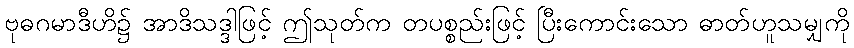
ဗုဓဂမာဒီဟိ၌ အာဒိသဒ္ဒါဖြင့် ဤသုတ်က တပစ္စည်းဖြင့် ပြီးကောင်းသော ဓာတ်ဟူသမျှကို